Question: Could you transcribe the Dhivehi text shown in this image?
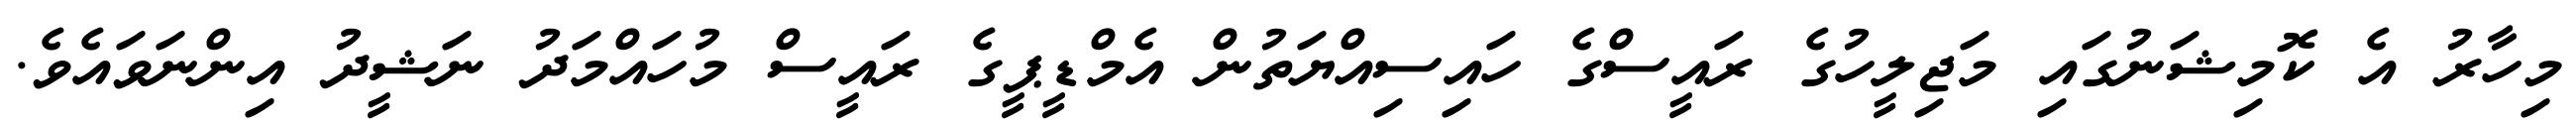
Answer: މިހާރު އެ ކޮމިޝަނުގައި މަޖިލީހުގެ ރައީސްގެ ހައިސިއްޔަތުން އެމްޑީޕީގެ ރައީސް މުހައްމަދު ނަޝީދު އިންނަވައެވެ.